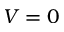
V = 0